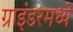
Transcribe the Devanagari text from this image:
ग्राइंडरमध्ये